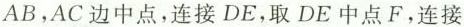
别为AB，AC边中点，连接DE，取DE中点F，连接